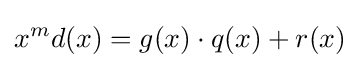
x^{m}d(x)=g(x)\cdot q(x)+r(x)